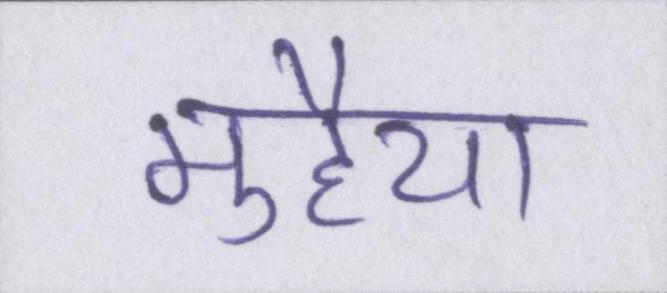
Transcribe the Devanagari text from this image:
मुहैया